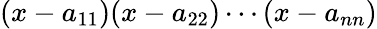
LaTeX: (x-a_{11})(x-a_{22})\cdots(x-a_{nn})